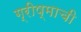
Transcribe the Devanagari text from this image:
ग्रीष्माची